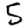
Digit: 5